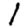
Digit: 1